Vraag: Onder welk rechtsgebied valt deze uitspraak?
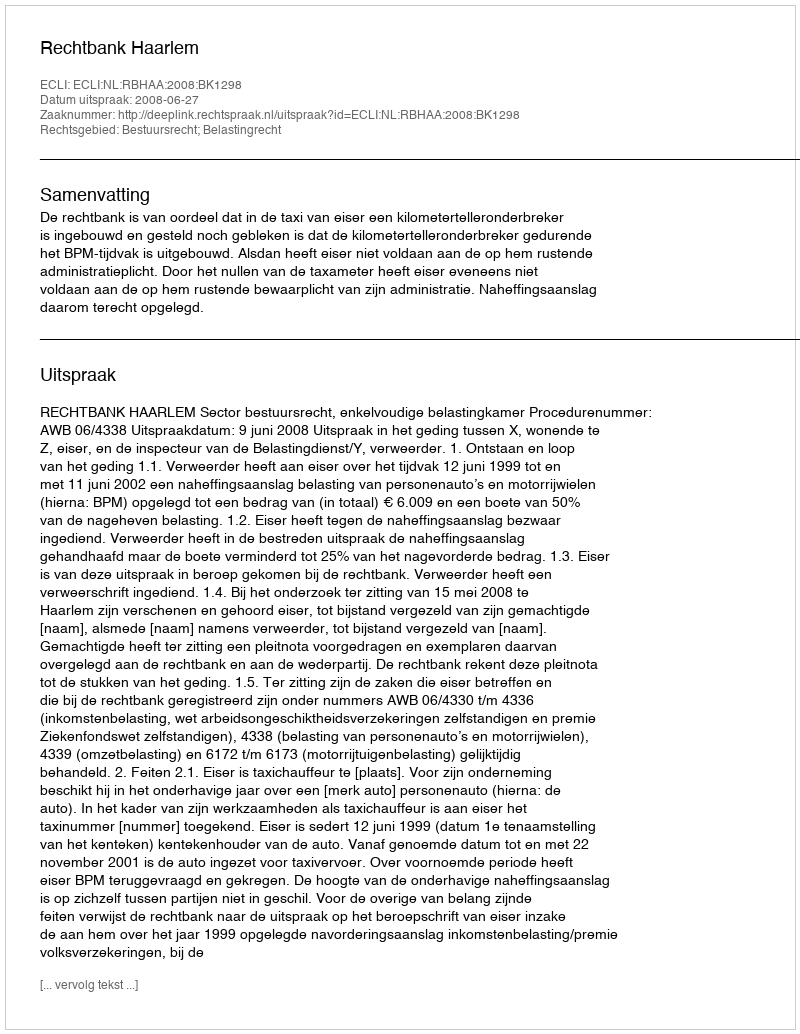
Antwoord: Bestuursrecht; Belastingrecht